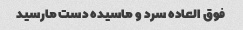
فوق العاده سرد و ماسیده دست مارسید